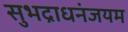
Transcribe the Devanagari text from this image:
सुभद्राधनंजयम